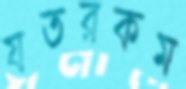
যতরকম